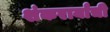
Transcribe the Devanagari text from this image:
शंकरार्यांची